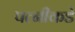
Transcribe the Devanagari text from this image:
पत्नीकडे